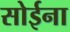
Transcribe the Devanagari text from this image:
सोईना